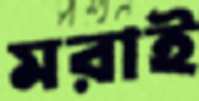
মরাই